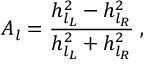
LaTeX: A _ { l } = \frac { h _ { l _ { L } } ^ { 2 } - h _ { l _ { R } } ^ { 2 } } { h _ { l _ { L } } ^ { 2 } + h _ { l _ { R } } ^ { 2 } } \; ,